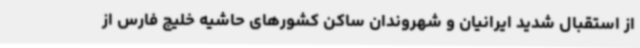
از استقبال شدید ایرانیان و شهروندان ساکن کشورهای حاشیه خلیج فارس از